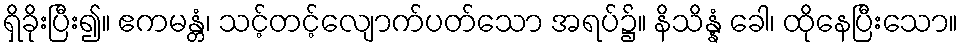
ရှိခိုးပြီး၍။ ဧကမန္တံ၊ သင့်တင့်လျောက်ပတ်သော အရပ်၌။ နိသိန္နံ ခေါ၊ ထိုနေပြီးသော။